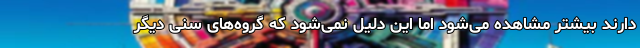
دارند بیشتر مشاهده می‌شود اما این دلیل نمی‌شود که گروه‌های سنی دیگر